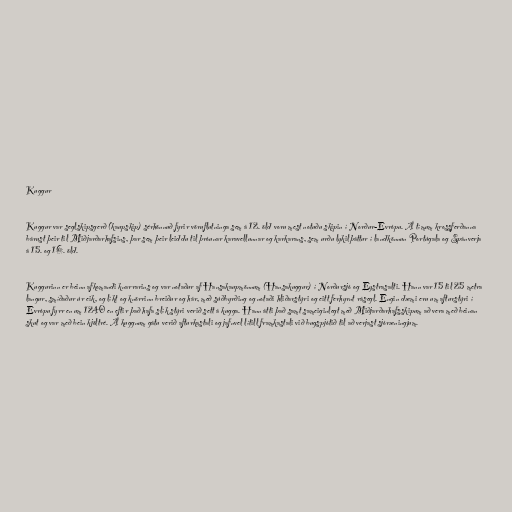
Kuggur

Kuggur var seglskipsgerð (kaupskip) sérhönnuð fyrir vöruflutninga sem á 12. öld voru mest notuðu skipin í Norður-Evrópu. Á tímum krossferðanna
bárust þeir til Miðjarðarhafsins, þar sem þeir leiddu til þróunar karavellunnar og karkarans, sem urðu lykilþáttur í landkönnun Portúgala og Spánverja
á 15. og 16. öld.

Kuggurinn er beinn afkomandi knarrarins og var notaður af Hansakaupmönnum (Hansakuggur) í Norðursjó og Eystrasalti. Hann var 15 til 25 metra
langur, smíðaður úr eik, og líkt og knörrinn breiður og hár, með súðbyrðing og notaði hliðarstýri og eitt ferhyrnt rásegl. Engin dæmi eru um afturstýri í
Evrópu fyrr en um 1240 en eftir það hafa slík stýri verið sett á kugga. Hann átti það samt sameiginlegt með Miðjarðarhafsskipum að vera með beinan
skut og var með bein kjöltré. Á kuggnum gátu verið afturkastali og jafnvel lítill framkastali við bugspjótið til að verjast sjóræningjum.